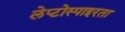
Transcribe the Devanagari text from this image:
लेप्टोस्पाइरता